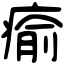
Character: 瘉